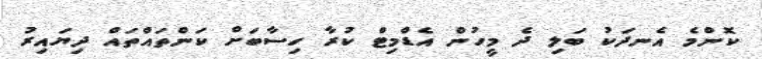
ކޮންމެ އެނދަކު ބަލި ދެ މީހުން އެޑްމިޓް ކުރާ ހިސާބަށް ކަންތައްތައް ދިޔައިރު